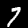
Digit: 7